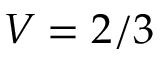
V = 2 / 3